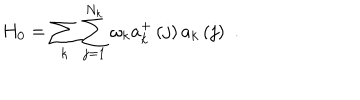
H _ { 0 } = \sum _ { k } \sum _ { j = 1 } ^ { N _ { k } } \omega _ { k } a _ { k } ^ { + } \left( j \right) a _ { k } \left( j \right) \, \, .